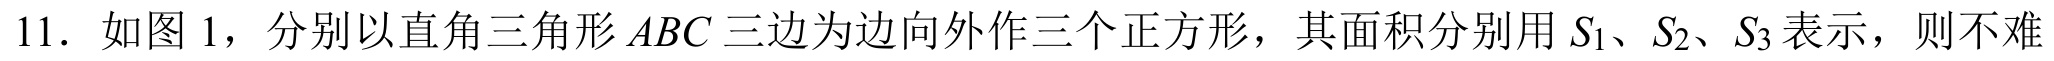
11. 如图1，分别以直角三角形\(ABC\)三边为边向外作三个正方形，其面积分别用\(S_{1}\)、\(S_{2}\)、\(S_{3}\)表示，则不难